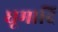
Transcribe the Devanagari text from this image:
धूमादि